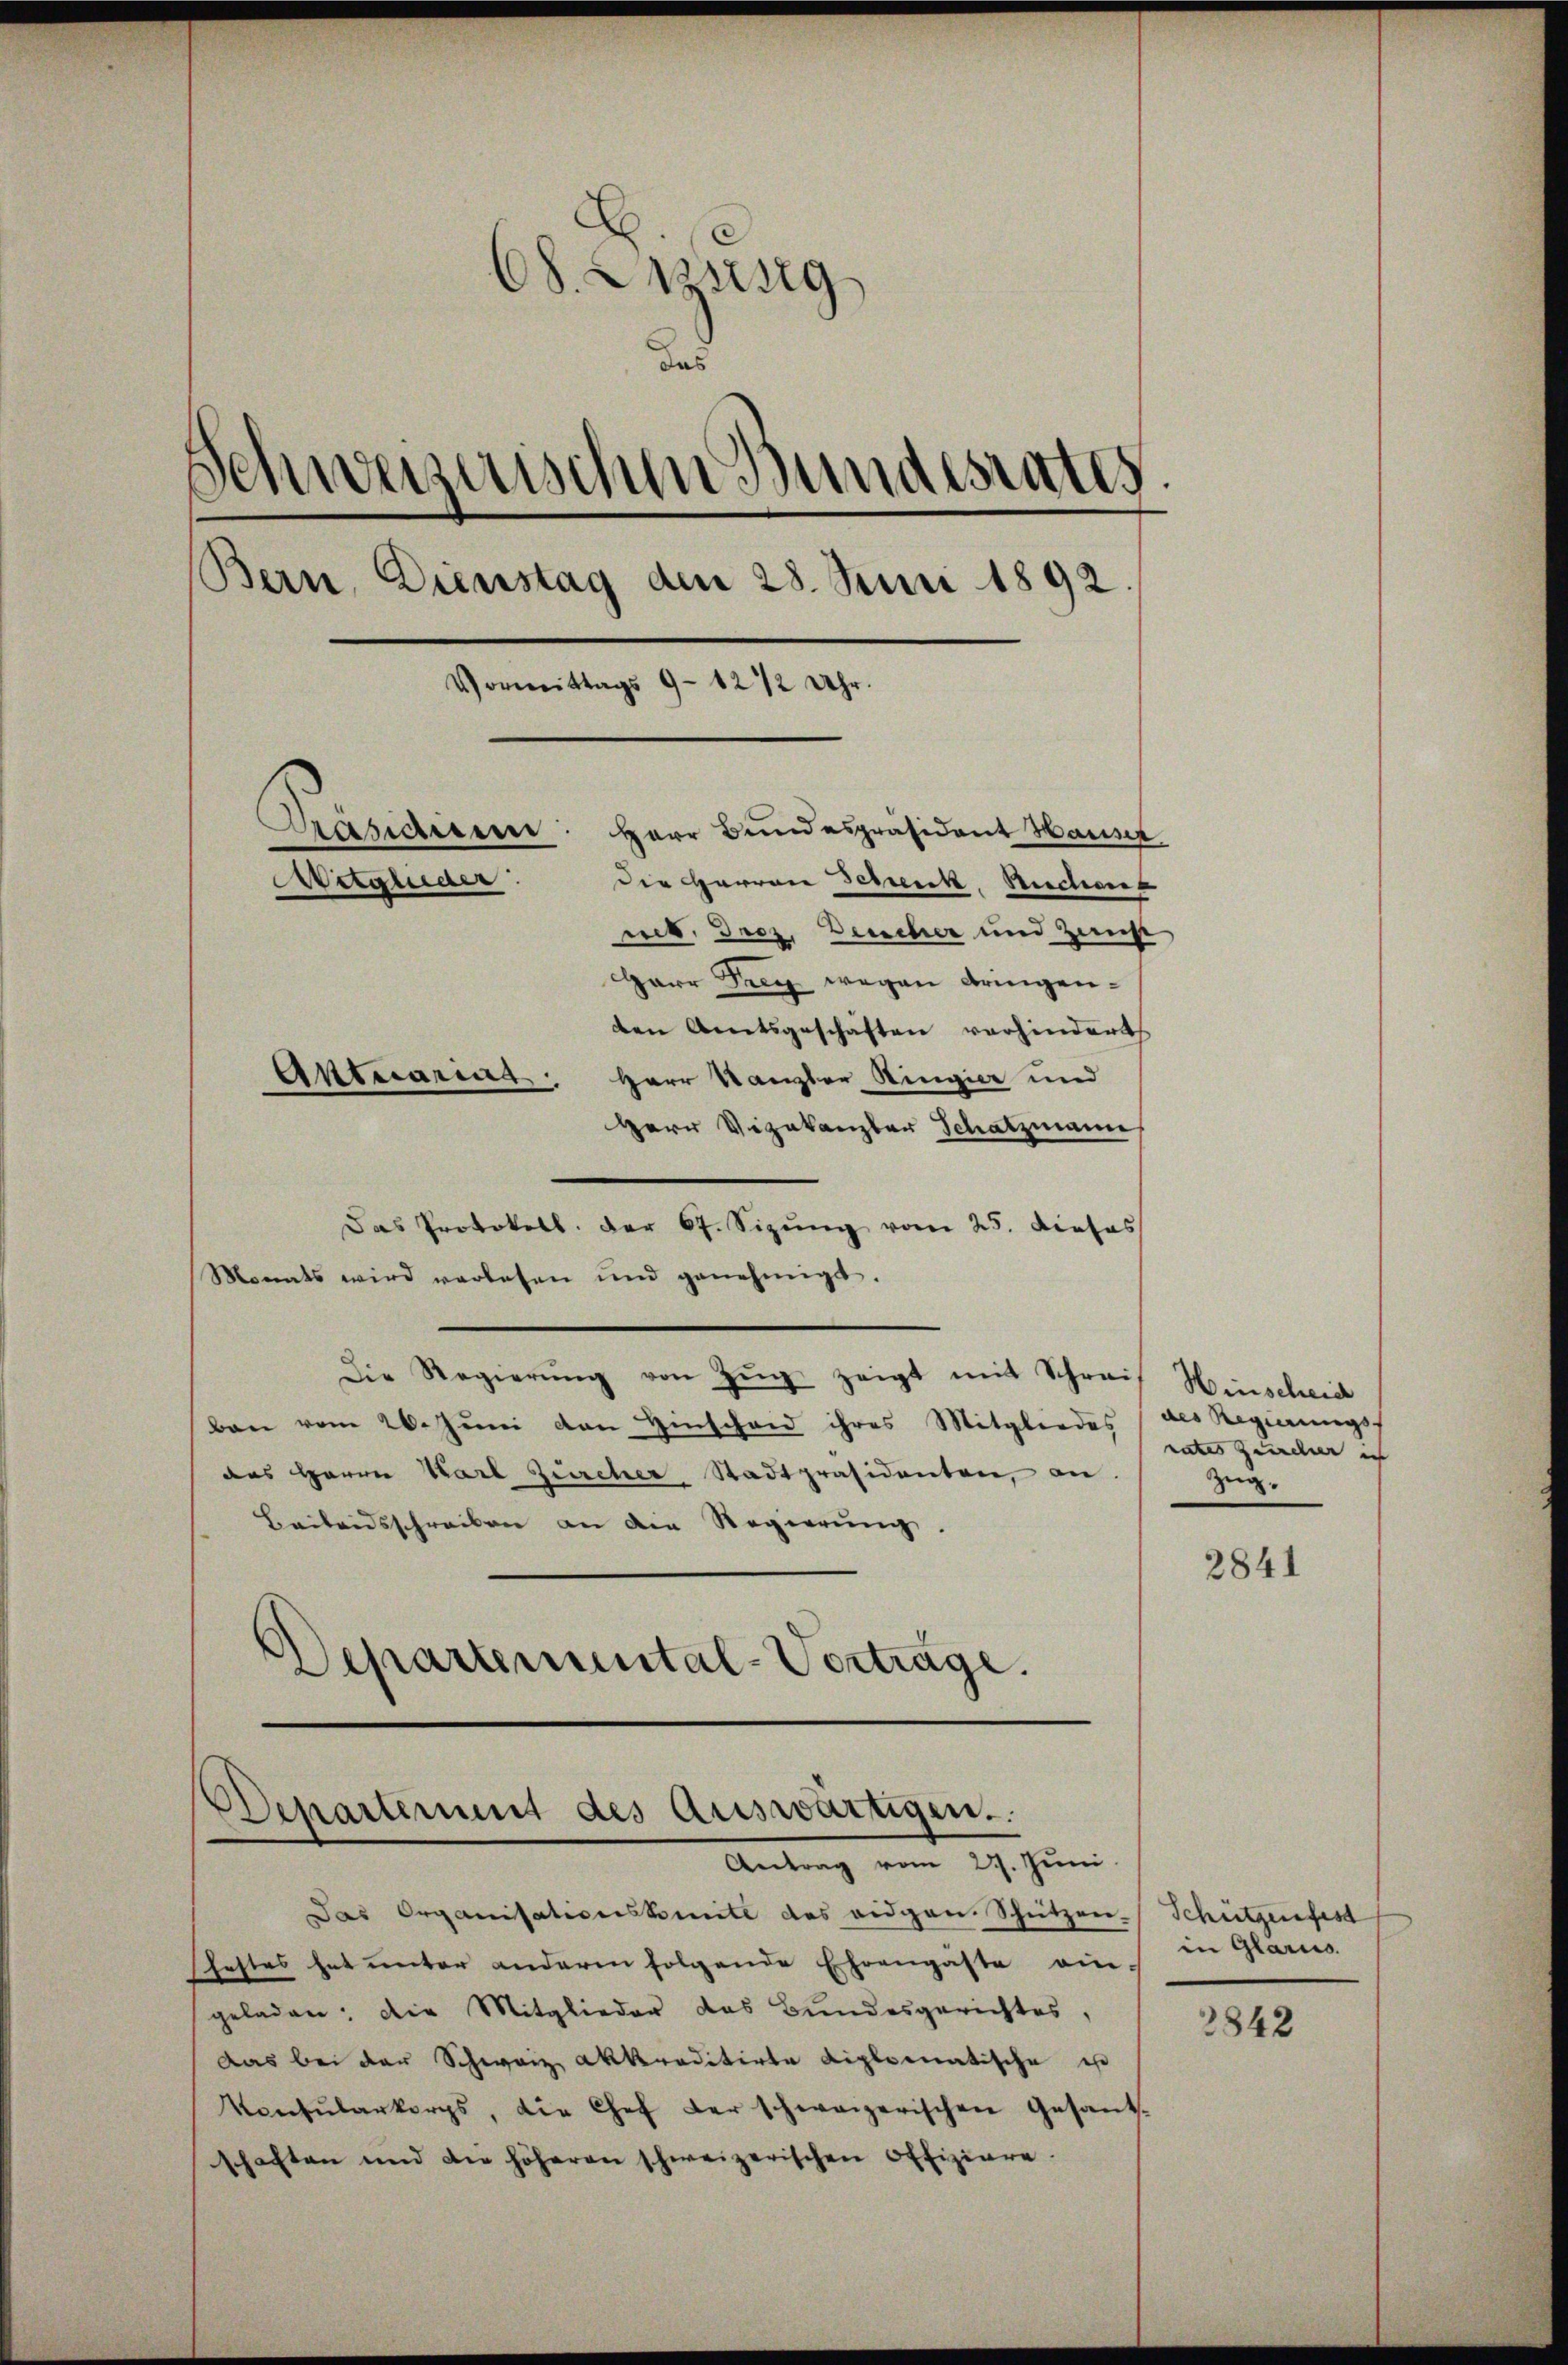
68. Enzing
das
Schweizerischen Bundesrates
Bern, Dienstag den 28. Juni 1892.
Vormittags 9 - 12 1/2 Uhr.
Präsiden: Herr Bundespräsident Haust
Mitglieder

Die Herren Schwerck, Ruchens
nis, rez. Deucher und Zust
Harr Frey wegen dringenden Amtsgeschäften verhindert
Antrarent: Herr Kanzler Ringier und
Herr Vizekanzler Schatzmann
Das Protokoll. Der 67. Sizung vom 25. Dieses
Monats wird verlesen und genehmigt.
Die Regierŭng von Zŭg zeigt mit Schreif Hinscheid
ban vom 26. Juni von Hinscheid ihres Mitgliedes (des Regierungs-
das Herrn Karl Zürcher Stadtpräsidenten, an.
Baileidsschreiben an die Regierung.
Departemental-Vorträge.

Departement des Auswärtigen.
Antrag vom 27. Juni

Das Organisationskomite des eidgen. Schützen-Schützenfest
festes hat unter anderen folgende Ehrengäste ein in Glarus
geladen: Die Mitglieder das Bundesgerichtes,
Das bei der Schweiz akkreditirte diplomatische is
Konsŭlarkorps, die Chef der schweizerischen Gesand-
schaften und die höheren schweizerischen Offiziere.

rates Zürcher in
Zeig.

2841

3842